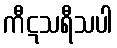
ကီဋသရီသပါ